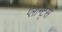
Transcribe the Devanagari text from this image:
प्लान्ट्स